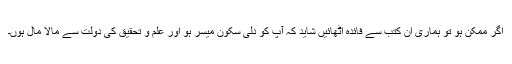
اگر ممکن ہو تو ہماری ان کتب سے فائدہ اٹھائیں شاید کہ آپ کو دلی سکون میسر ہو اور علم و تحقیق کی دولت سے مالا مال ہوں۔